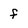
Character: f